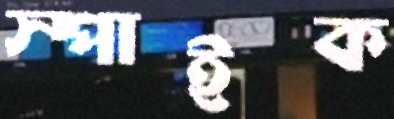
স্পাইক